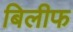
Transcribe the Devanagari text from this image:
बिलीफ